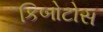
કિબોટોસ